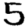
Digit: 5